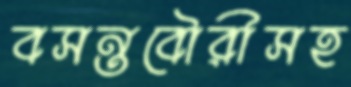
বসন্তবৌরীসহ